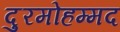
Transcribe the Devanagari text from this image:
दुरमोहम्मद